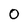
Character: 0